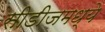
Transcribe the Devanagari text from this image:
सीडीजमध्ये